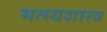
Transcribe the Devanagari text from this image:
मत्स्यशास्त्र